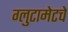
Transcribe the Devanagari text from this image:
ग्लुटामेटचे